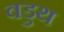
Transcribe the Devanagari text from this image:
वडुथ